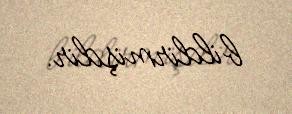
bildirmişdir.